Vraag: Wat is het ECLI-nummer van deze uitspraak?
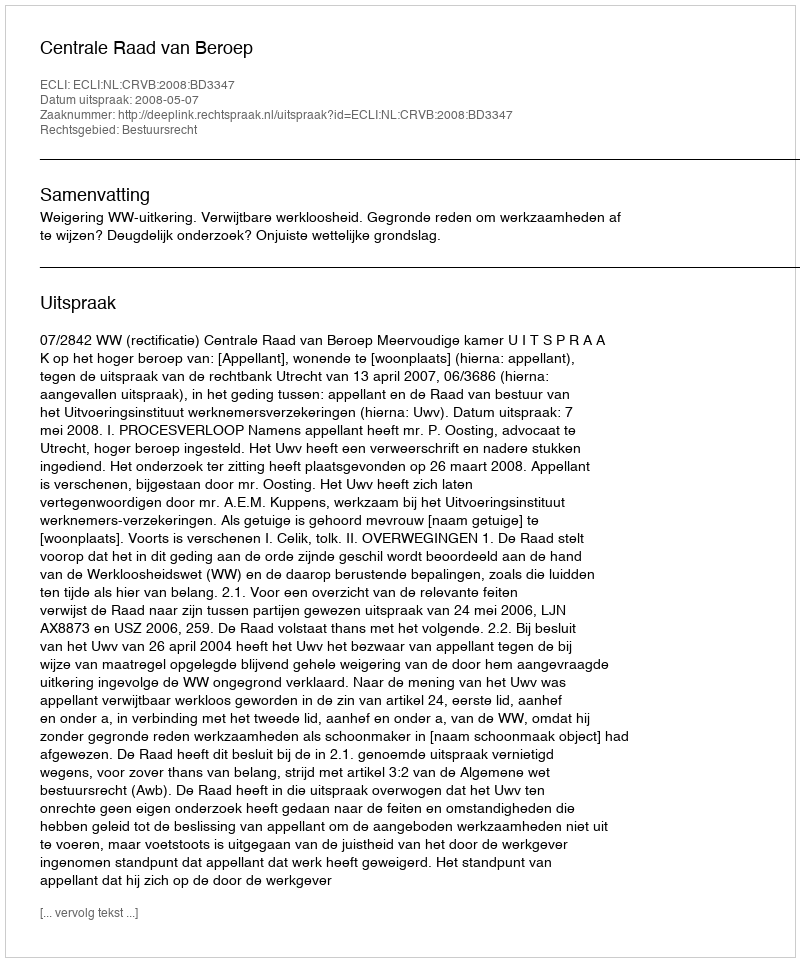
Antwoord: ECLI:NL:CRVB:2008:BD3347